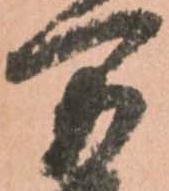
万